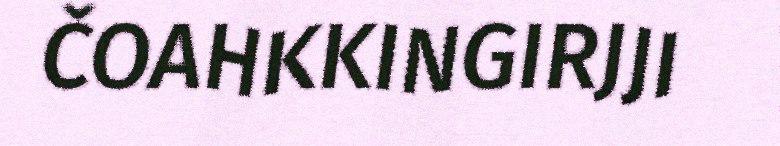
ČOAHKKINGIRJJI